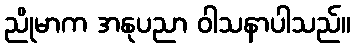
ညိုမာက အနုပညာ ဝါသနာပါသည်။